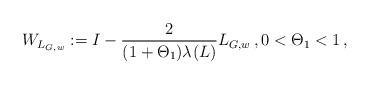
LaTeX: \begin{align*}W_{L_{G,w}} := I - \frac{2}{ (1+ \Theta_1) \lambda_{}(L) } L_{G,w} \, , 0 < \Theta_1 <1 \,,\end{align*}